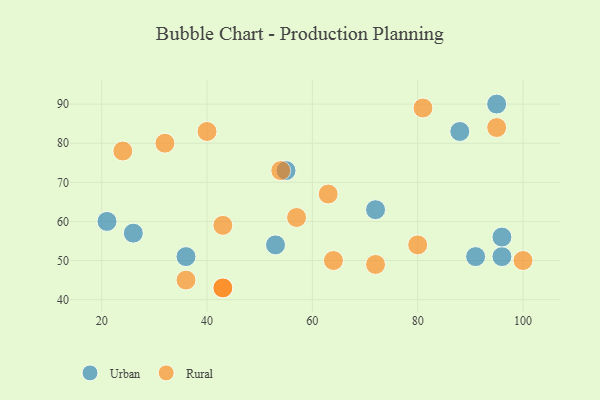
{"axis": {"x": "GDP", "y": "Life Expectancy"}, "legend": ["Rural", "Urban"], "data": [{"x": "72", "y": 63, "type": "Urban"}, {"x": "91", "y": 51, "type": "Urban"}, {"x": "26", "y": 57, "type": "Urban"}, {"x": "96", "y": 51, "type": "Urban"}, {"x": "88", "y": 83, "type": "Urban"}, {"x": "53", "y": 54, "type": "Urban"}, {"x": "36", "y": 51, "type": "Urban"}, {"x": "95", "y": 90, "type": "Urban"}, {"x": "96", "y": 56, "type": "Urban"}, {"x": "21", "y": 60, "type": "Urban"}, {"x": "55", "y": 73, "type": "Urban"}, {"x": "43", "y": 43, "type": "Rural"}, {"x": "54", "y": 73, "type": "Rural"}, {"x": "81", "y": 89, "type": "Rural"}, {"x": "100", "y": 50, "type": "Rural"}, {"x": "80", "y": 54, "type": "Rural"}, {"x": "32", "y": 80, "type": "Rural"}, {"x": "43", "y": 59, "type": "Rural"}, {"x": "95", "y": 84, "type": "Rural"}, {"x": "57", "y": 61, "type": "Rural"}, {"x": "24", "y": 78, "type": "Rural"}, {"x": "64", "y": 50, "type": "Rural"}, {"x": "43", "y": 43, "type": "Rural"}, {"x": "40", "y": 83, "type": "Rural"}, {"x": "63", "y": 67, "type": "Rural"}, {"x": "36", "y": 45, "type": "Rural"}, {"x": "72", "y": 49, "type": "Rural"}]}